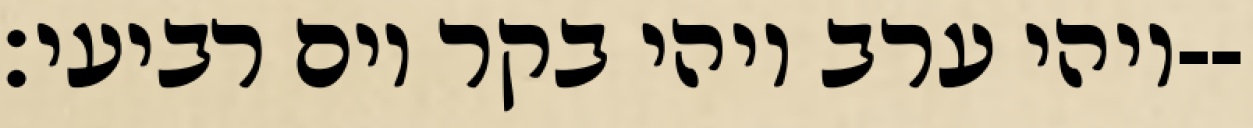
ויהי ערב ויהי בקר יום רביעי׃--